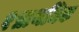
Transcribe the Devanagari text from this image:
१प्राथमिक